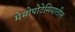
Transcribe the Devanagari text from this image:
मेसोपोटेमियातील